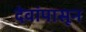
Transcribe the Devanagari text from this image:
देवांपासून